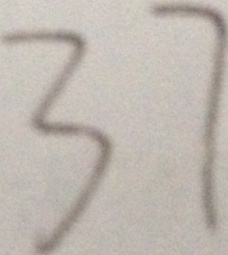
3 7